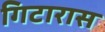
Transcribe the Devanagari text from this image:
गिटारास